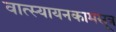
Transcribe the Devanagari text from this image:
वात्स्यायनकामसूत्र